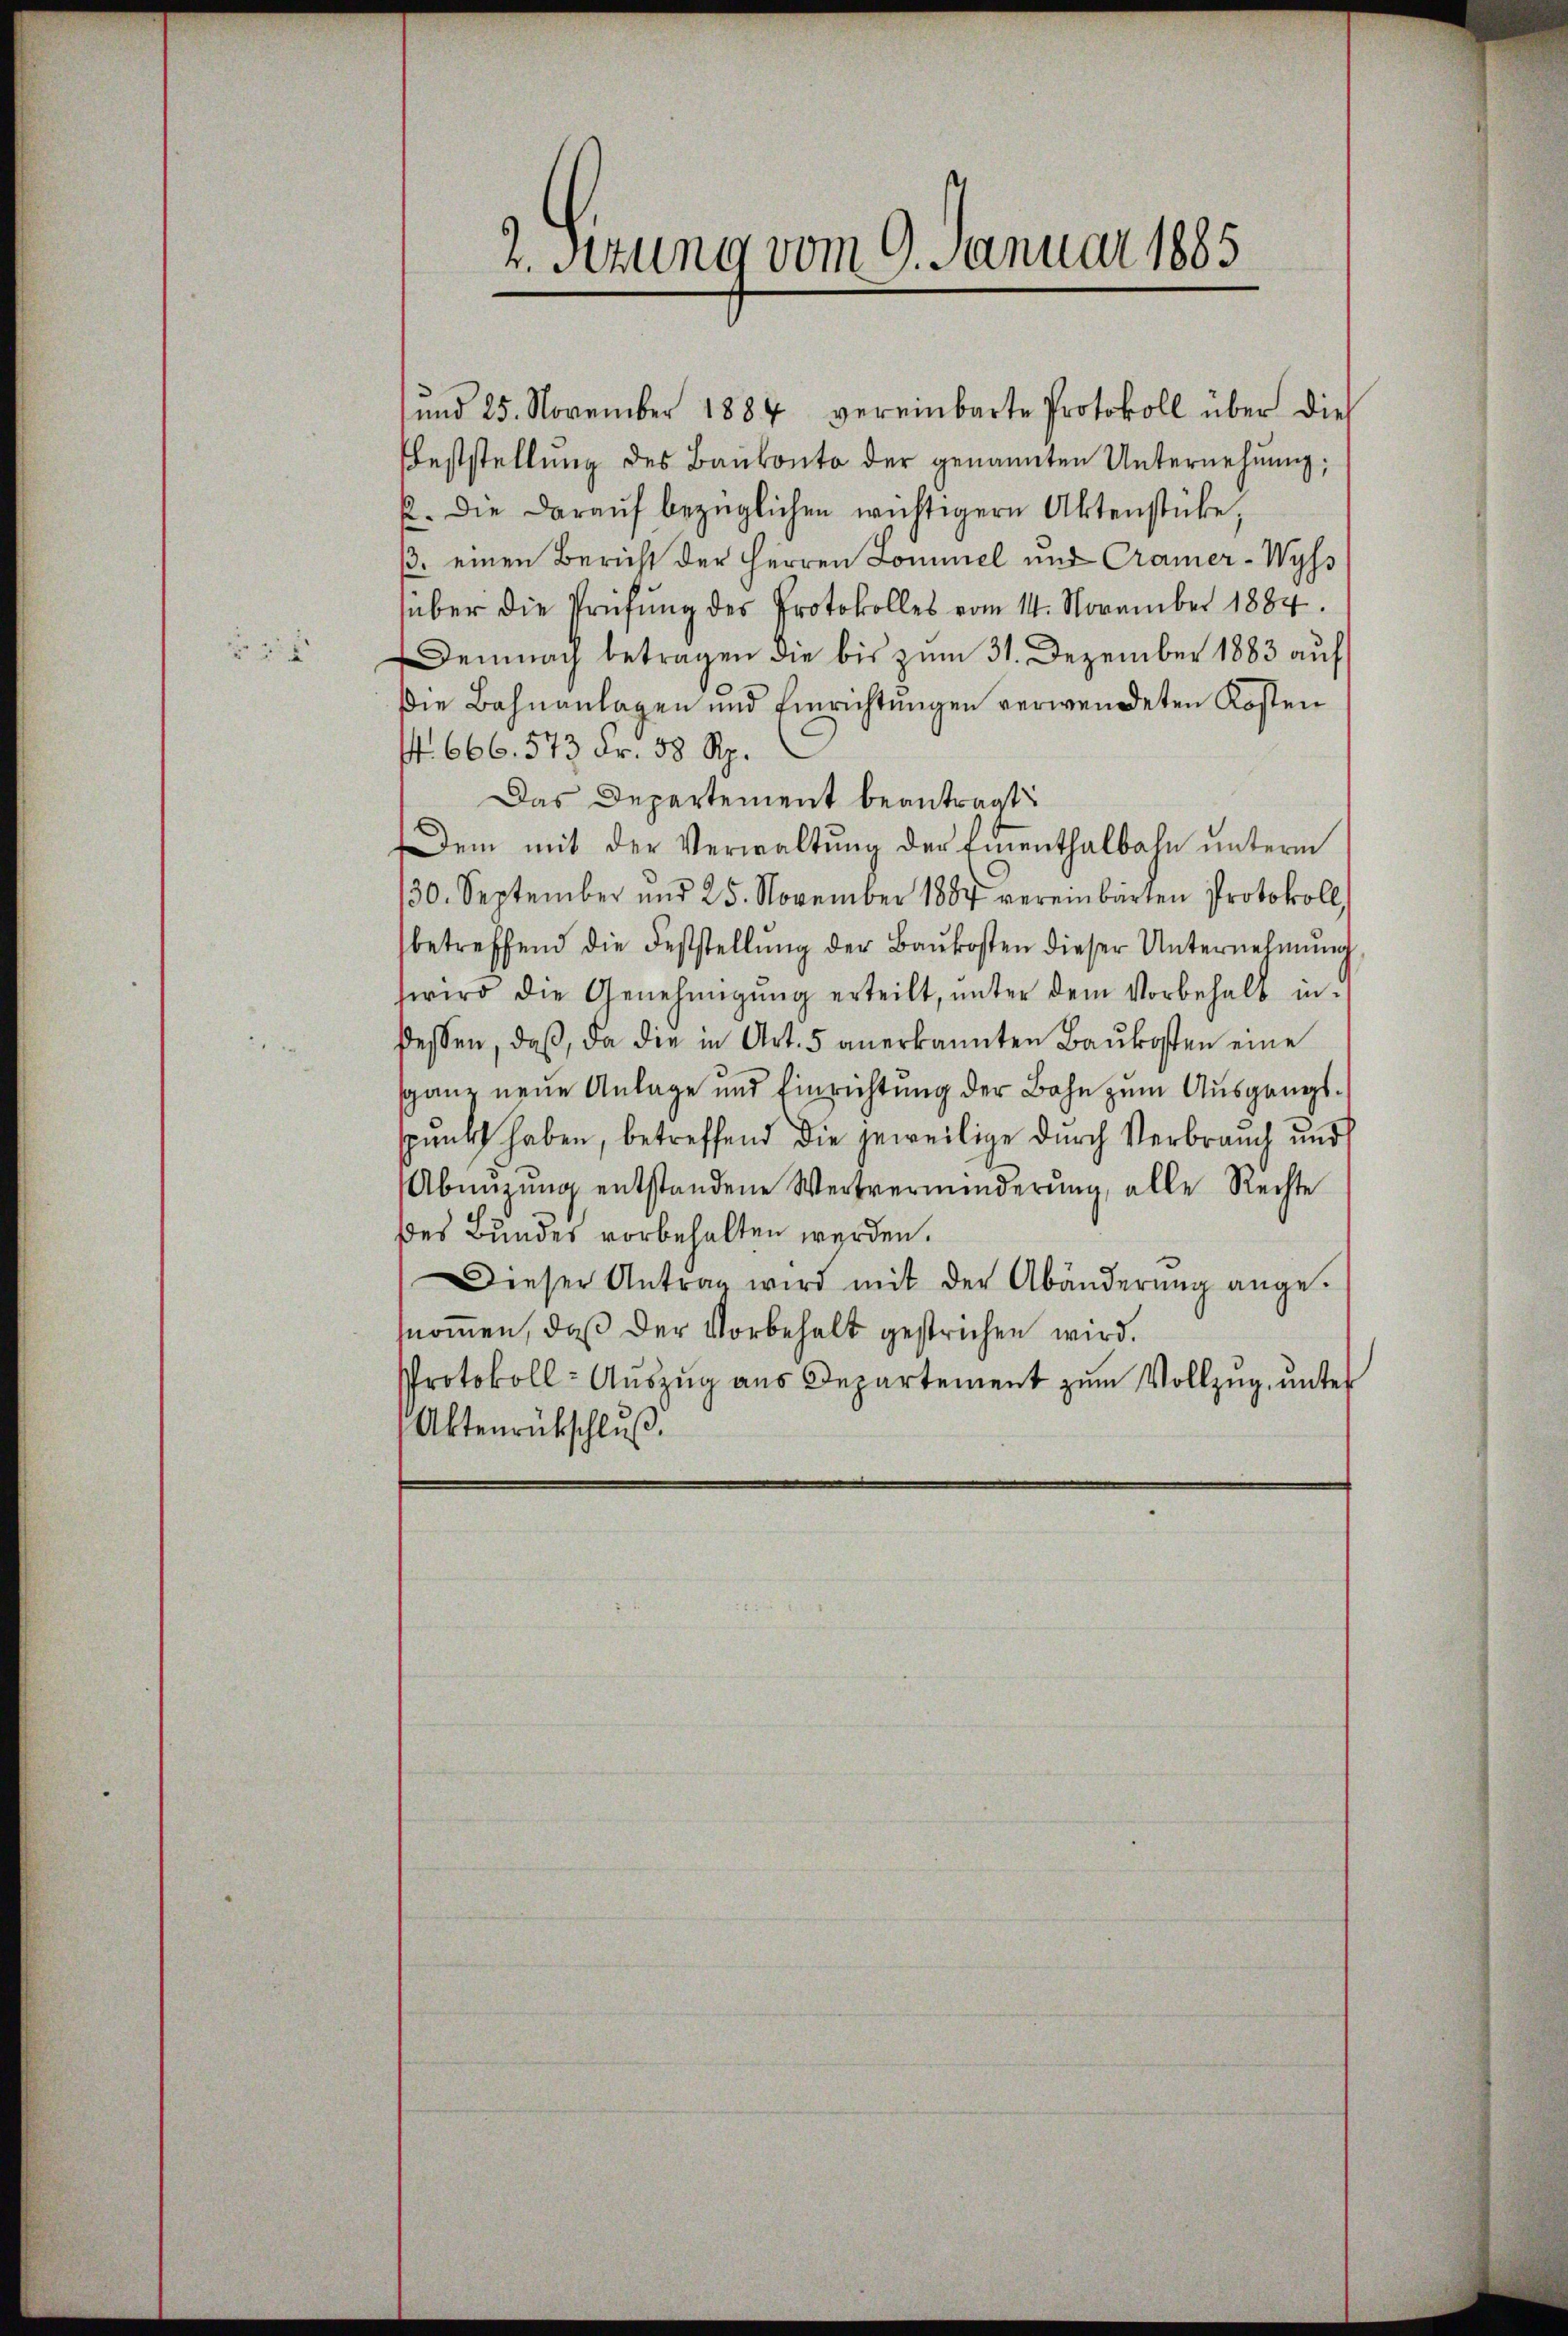
2

2. Setzung vom 9. Januar 1885

und 25. November 1884 vereinbarte Protokoll über dies
Feststellung des Baŭkonto der genannten Unternehmung;
u. die daraŭf bezüglichen wichtigern Aktenstücke,
3. einen Bericht der Herren Sommel und Cramer-Wyss
über die Prüfung des Protokolles vom 14. November 1884.
Demnach betragen die bis zum 31. Dezember 1883 auf
die Bahnanlagen und Einrichtungen verwendeten Kosten
f. 666. 573 Fr. 58 Rp.
Das Departement beantragt
Dem mit der Verwaltŭng der Einenthalbahn unterm
30. September und 25. November 1884 vereinbarten Protokoll
betreffend die Feststellŭng der Baŭkosten dieser Unternehmŭng
zwird die Genehmigŭng erteilt, ŭnter dem Vorbehalt in-
dessen, daß, da die in Art. 5 anerkannten Baukosten eine
ganz neue Anlage und Einrichtung der Bahn zum Ausgangsspunkt haben, betreffend die jeweilige durch Verbrauch und
Abeizung entstandene Wertverminderung, alle Rechte
des Bundes vorbehalten werden.
Dieser Antrag wird mit der Abänderŭng ange-
nom̅en, daß der Vorbehalt gestrichen wird.
Protokoll- Auszug aus Departement zum Vollzug, unter
Aktenrückschluß.